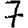
Digit: 7